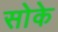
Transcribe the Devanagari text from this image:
सोके